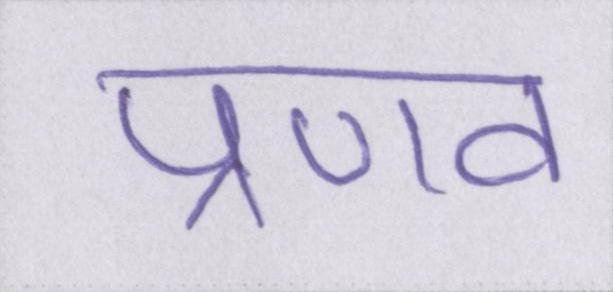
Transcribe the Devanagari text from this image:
प्रणव